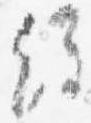
経